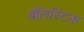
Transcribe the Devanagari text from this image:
बॅलिस्टिक